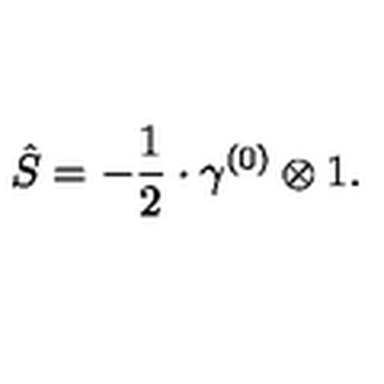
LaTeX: \hat { S } = - \frac { 1 } { 2 } \cdot \gamma ^ { ( 0 ) } \otimes 1 .